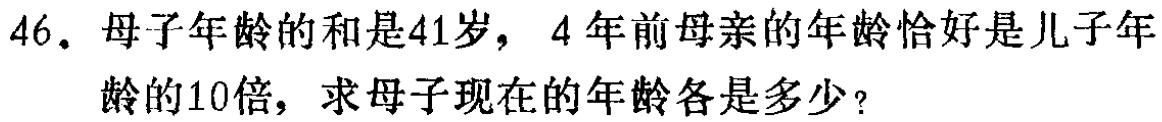
46. 母子年龄的和是41岁，4年前母亲的年龄恰好是儿子年龄的10倍，求母子现在的年龄各是多少？